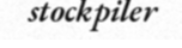
stockpiler